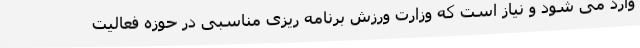
وارد می شود و نیاز است که وزارت ورزش برنامه ریزی مناسبی در حوزه فعالیت